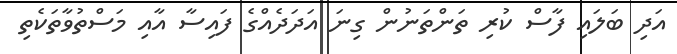
އަދި ބަލައި ފާސް ކުރި ތަންތަނުން ގިނަ އަދަދެއްގެ ފައިސާ އާއި މަސްތުވާތަކެތި